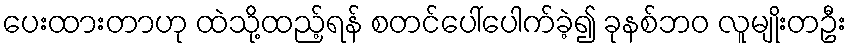
ပေးထားတာဟု ထဲသို့ထည့်ရန် စတင်ပေါ်ပေါက်ခဲ့၍ ခုနစ်ဘ၀ လူမျိုးတဦး